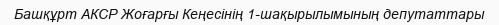
Башқұрт АКСР Жоғарғы Кеңесінің 1-шақырылымының депутаттары